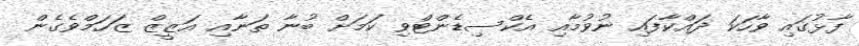
ފާޅުގައި ވާހަކަ ދައްކާފައި ނުވުމާއި އެކްސިޑެންޓްވި ކަމަށް ބުނާ ތަނާއި އަޒީޒް ޒަހަމްވެގެން